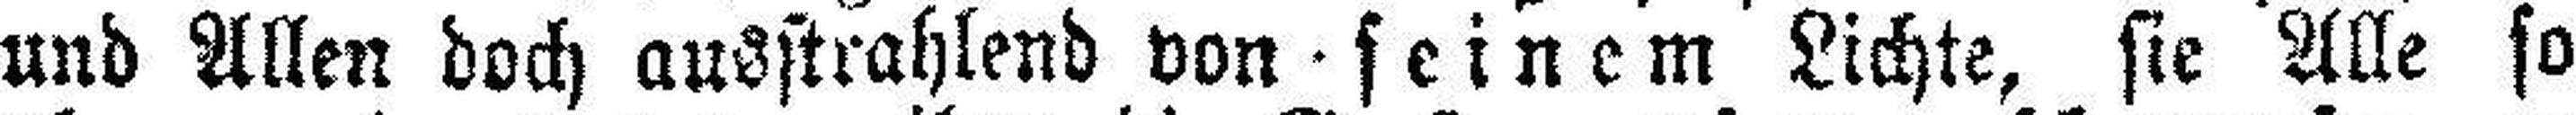
und Allen doch ausstrahlend von seinem Lichte, sie Alle so